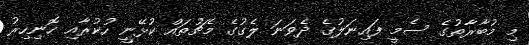
މި މުބާރާތުގެ ސެމީ ފައިނަލުގެ ދެވަނަ ލެގުގެ މެޗުތައް ކުޅޭނީ ހުކުރާއި ހޮނިހިރު